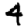
Digit: 4